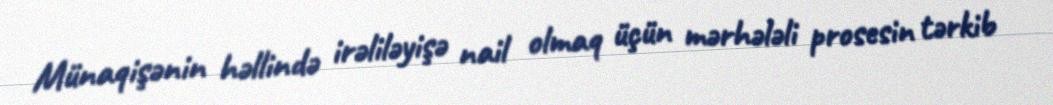
Münaqişənin həllində irəliləyişə nail olmaq üçün mərhələli prosesin tərkib